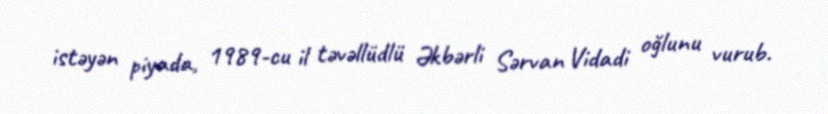
istəyən piyada, 1989-cu il təvəllüdlü Əkbərli Sərvan Vidadi oğlunu vurub.